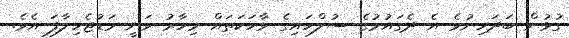
ގުޅުން ބަދަހިނުވެ އެ ދެގައުމުގެ ސުލްހައިގެ ވާހަކަތައް މިހާރު ވަނީ މަޑުޖެހިލާފަ އެވެ.